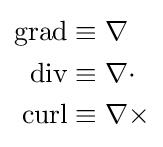
{\begin{aligned}\operatorname {grad} &\equiv \nabla \\\operatorname {div} &\equiv \nabla \cdot \\\operatorname {curl} &\equiv \nabla \times \end{aligned}}